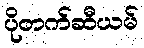
ပိုတက်ဆီယမ်